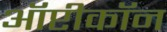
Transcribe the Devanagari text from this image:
ऑप्टीकॉन